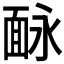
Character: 𩈗